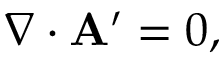
\nabla \cdot { \bf A } ^ { \prime } = 0 ,